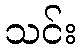
သင်း